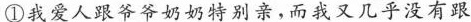
①我爱人跟爷爷奶奶特别亲，而我又几乎没有跟